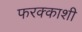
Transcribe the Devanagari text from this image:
फरक्काशी